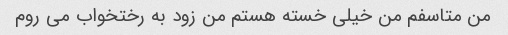
من متاسفم من خیلی خسته هستم من زود به رختخواب می روم